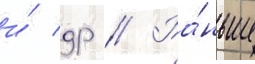
и́ др // Ра́ньше